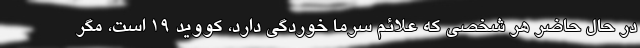
در حال حاضر هر شخصی که علائم سرما خوردگی دارد، کووید ۱۹ است، مگر